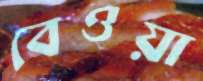
বেওয়া